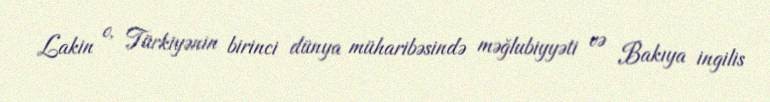
Lakin o, Türkiyənin birinci dünya müharibəsində məğlubiyyəti və Bakıya ingilis